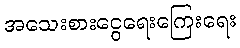
အသေးစားငွေရေးကြေးရေး